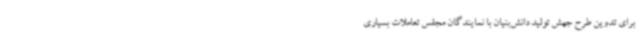
برای تدوین طرح جهش تولید دانش‌بنیان با نمایندگان مجلس تعاملات بسیاری